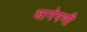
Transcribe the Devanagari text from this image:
जागेपणी